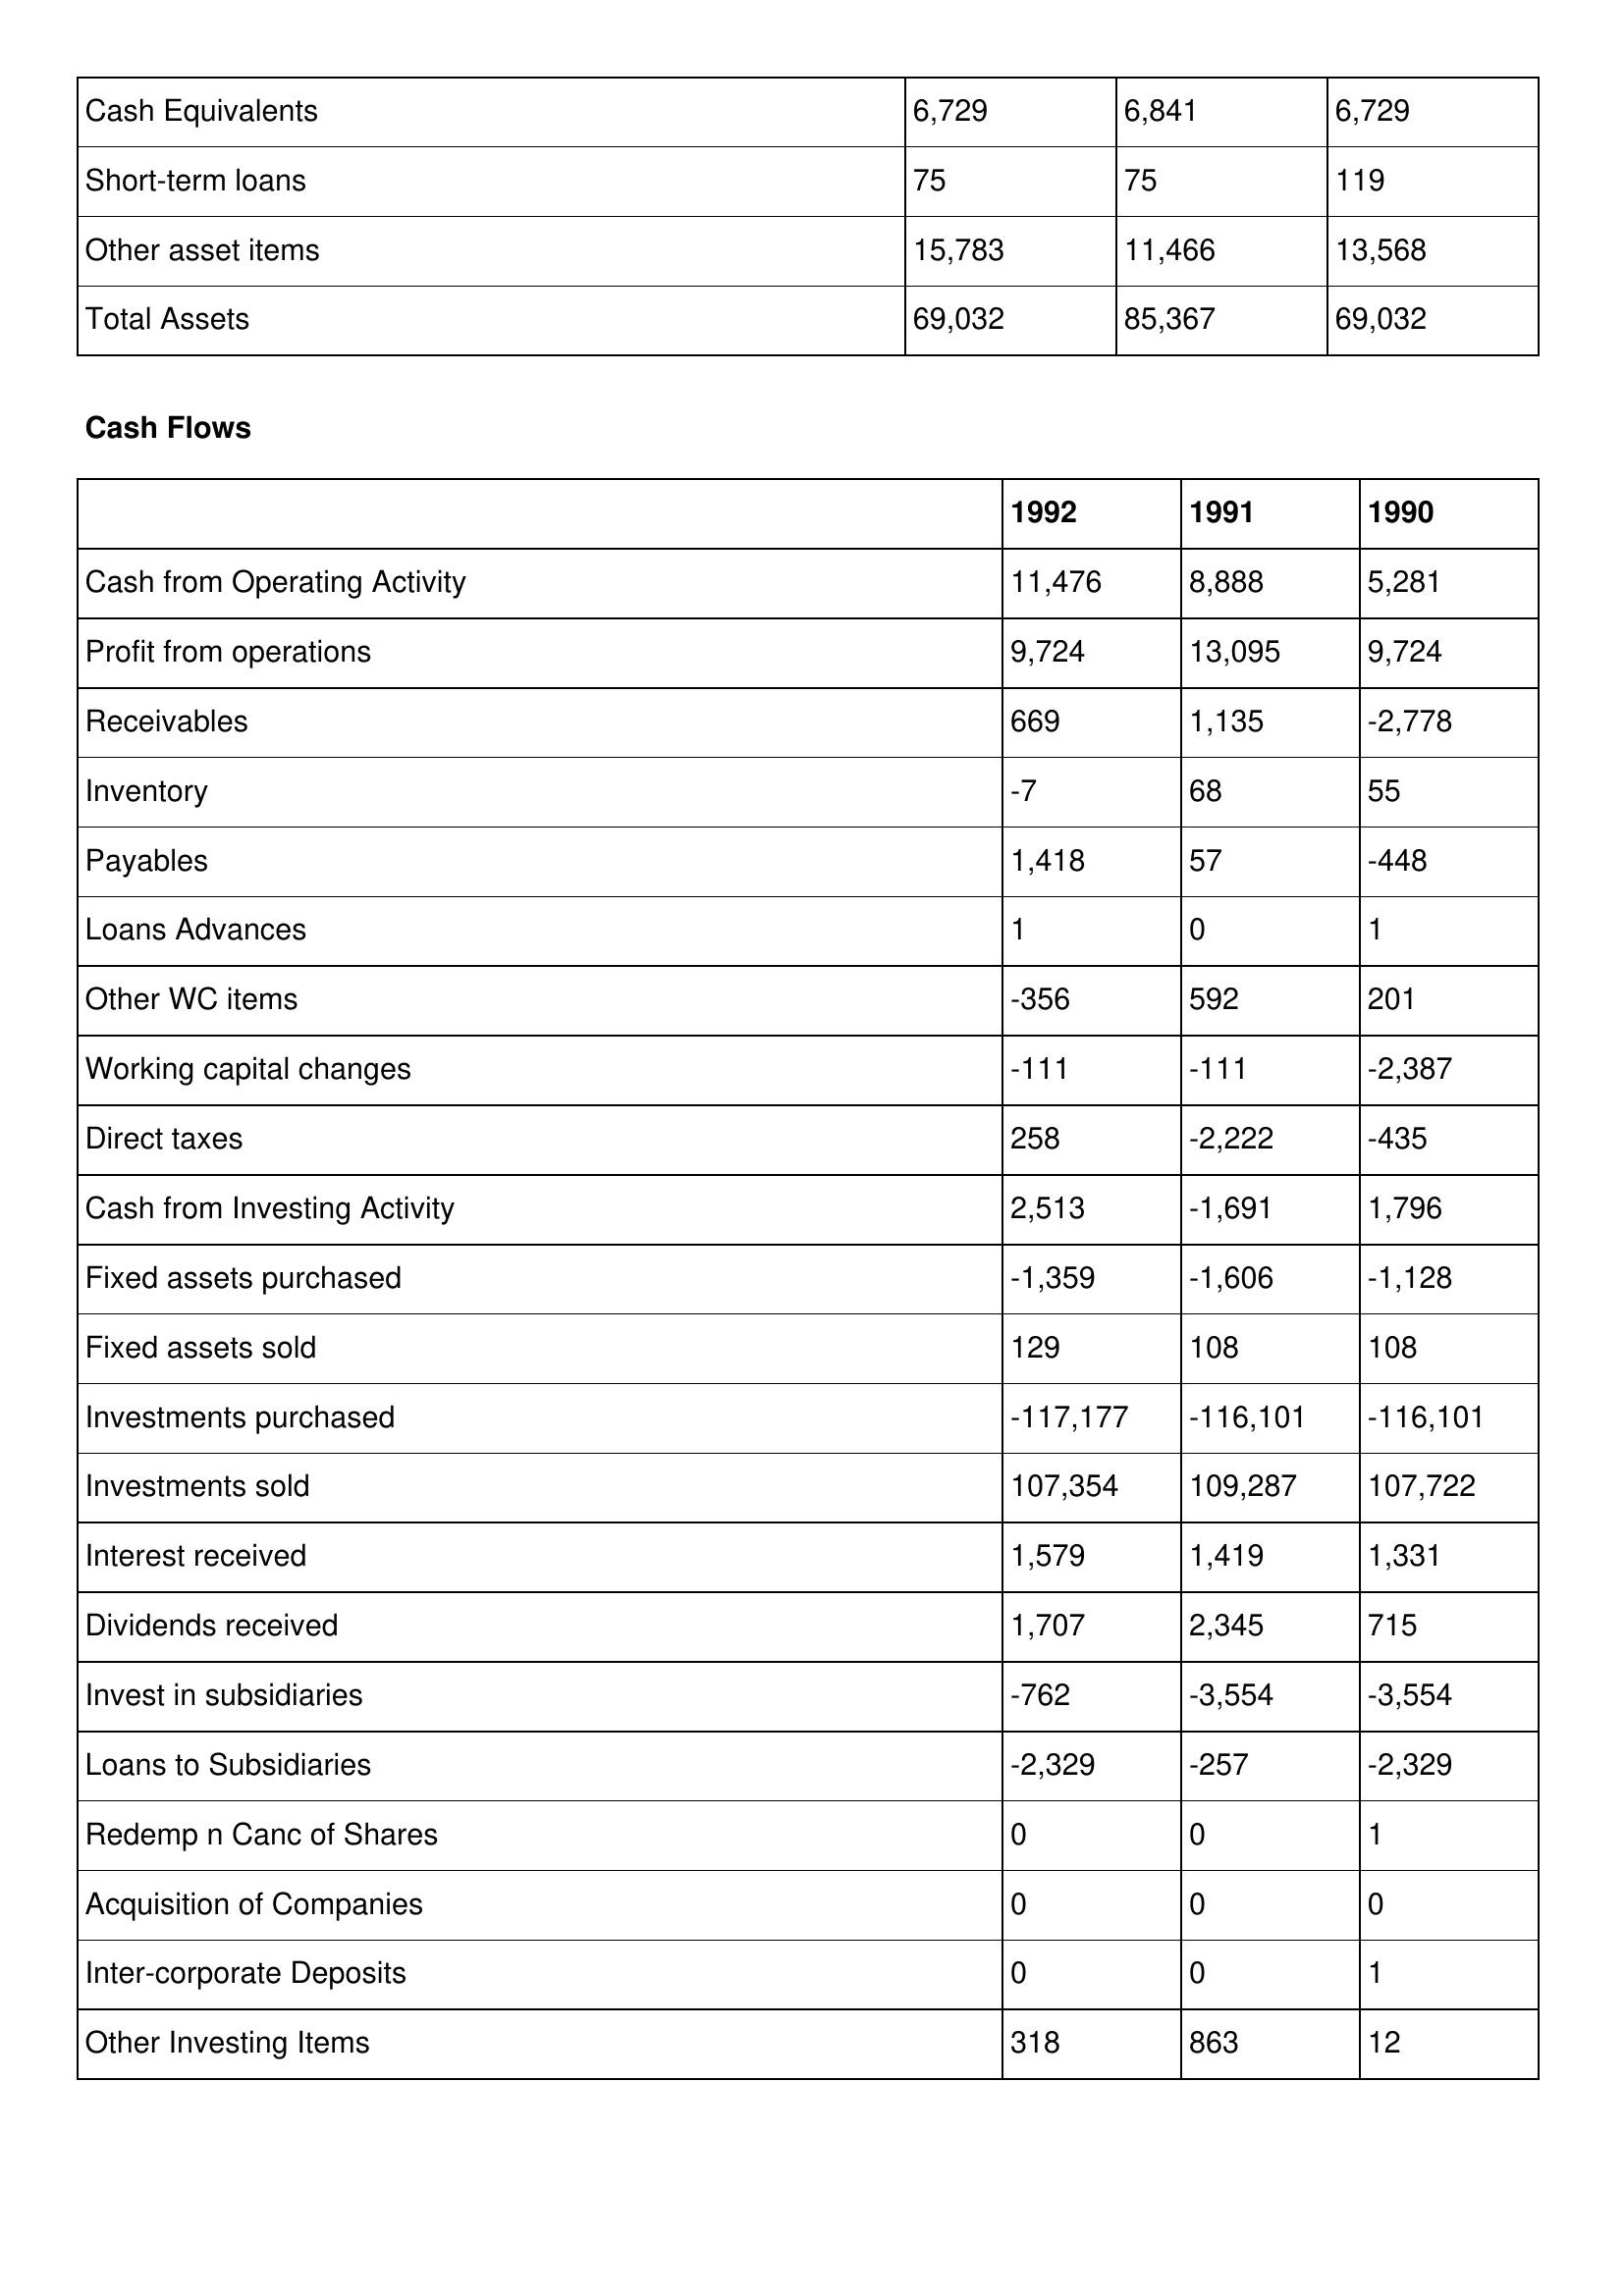
gt_parse: 1992: Balance Sheet: Cash Equivalents: 6,729
Short-term loans: 75
Other asset items: 15,783
Total Assets: 69,032
Cash Flows: Cash from Operating Activity: 11,476
Profit from operations: 9,724
Receivables: 669
Inventory: -7
Payables: 1,418
Loans Advances: 1
Other WC items: -356
Working capital changes: -111
Direct taxes: 258
Cash from Investing Activity: 2,513
Fixed assets purchased: -1,359
Fixed assets sold: 129
Investments purchased: -117,177
Investments sold: 107,354
Interest received: 1,579
Dividends received: 1,707
Invest in subsidiaries: -762
Loans to Subsidiaries: -2,329
Redemp n Canc of Shares: 0
Acquisition of Companies: 0
Inter-corporate Deposits: 0
Other Investing Items: 318
1991: Balance Sheet: Cash Equivalents: 6,841
Short-term loans: 75
Other asset items: 11,466
Total Assets: 85,367
Cash Flows: Cash from Operating Activity: 8,888
Profit from operations: 13,095
Receivables: 1,135
Inventory: 68
Payables: 57
Loans Advances: 0
Other WC items: 592
Working capital changes: -111
Direct taxes: -2,222
Cash from Investing Activity: -1,691
Fixed assets purchased: -1,606
Fixed assets sold: 108
Investments purchased: -116,101
Investments sold: 109,287
Interest received: 1,419
Dividends received: 2,345
Invest in subsidiaries: -3,554
Loans to Subsidiaries: -257
Redemp n Canc of Shares: 0
Acquisition of Companies: 0
Inter-corporate Deposits: 0
Other Investing Items: 863
1990: Balance Sheet: Cash Equivalents: 6,729
Short-term loans: 119
Other asset items: 13,568
Total Assets: 69,032
Cash Flows: Cash from Operating Activity: 5,281
Profit from operations: 9,724
Receivables: -2,778
Inventory: 55
Payables: -448
Loans Advances: 1
Other WC items: 201
Working capital changes: -2,387
Direct taxes: -435
Cash from Investing Activity: 1,796
Fixed assets purchased: -1,128
Fixed assets sold: 108
Investments purchased: -116,101
Investments sold: 107,722
Interest received: 1,331
Dividends received: 715
Invest in subsidiaries: -3,554
Loans to Subsidiaries: -2,329
Redemp n Canc of Shares: 1
Acquisition of Companies: 0
Inter-corporate Deposits: 1
Other Investing Items: 12